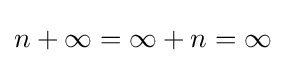
n+\infty =\infty +n=\infty